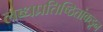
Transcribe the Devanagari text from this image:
लब्धप्रतिष्ठितांकडून